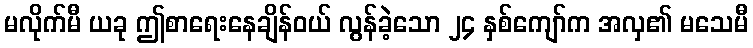
မလိုက်မီ ယခု ဤစာရေးနေချိန်ဝယ် လွန်ခဲ့သော ၂၄ နှစ်ကျော်က အလှ၏ မသေမီ